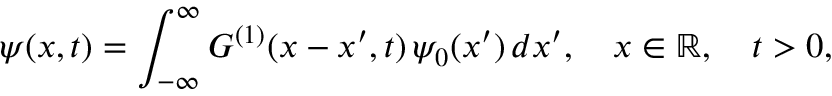
\psi ( x , t ) = \int _ { - \infty } ^ { \infty } G ^ { ( 1 ) } ( x - x ^ { \prime } , t ) \, \psi _ { 0 } ( x ^ { \prime } ) \, d x ^ { \prime } , \quad x \in \mathbb { R } , \quad t > 0 ,